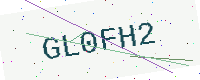
Text: GL0FH2